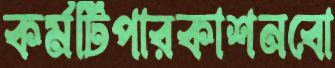
কর্মটিপারকাশনবো